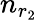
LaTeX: n_{r_{2}}